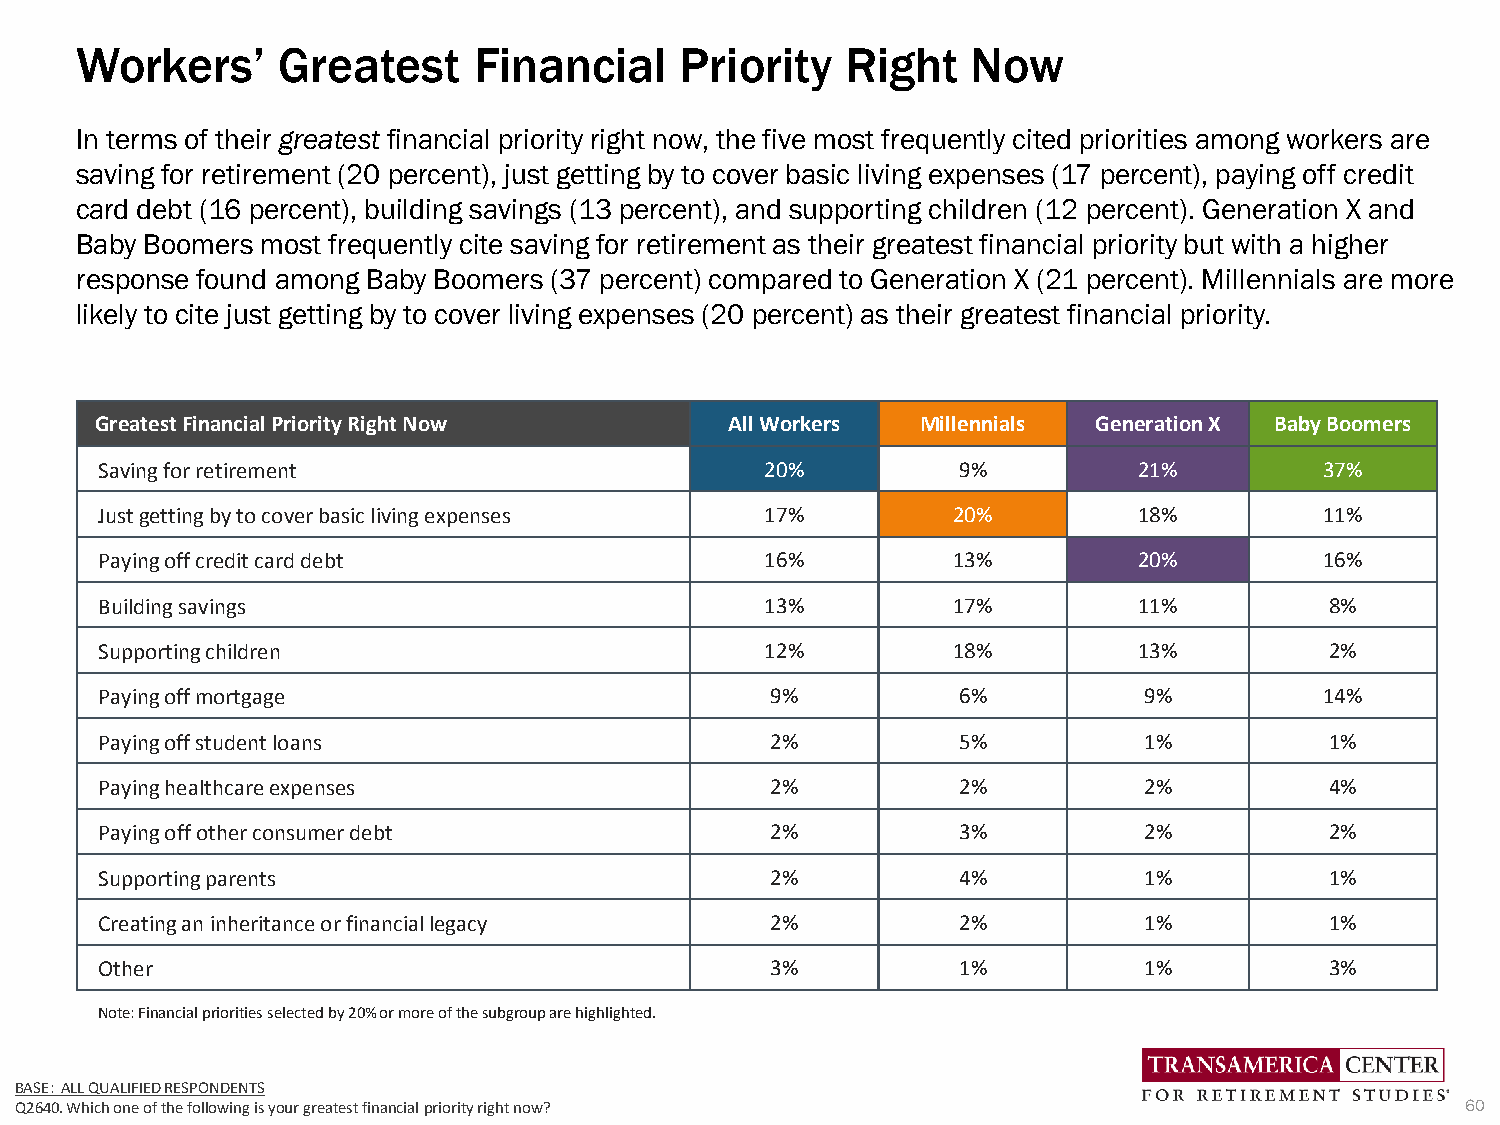
Workers’     Greatest     Financial     Priority   Right   Now
 In terms of their greatest financial priority right now, the five most frequently cited priorities among workers are
 saving for retirement (20 percent), just getting by to cover basic living expenses (17 percent), paying off credit
 card debt (16 percent), building savings (13 percent), and supporting children (12 percent). Generation X and
 Baby Boomers most frequently cite saving for retirement as their greatest financial priority but with a higher
 response found among Baby Boomers (37 percent) compared to Generation X (21 percent). Millennials are more
 likely to cite just getting by to cover living expenses (20 percent) as their greatest financial priority.
 GreatestFinancial Priority Right Now      All Workers  Millennials Generation X Baby Boomers
 Savingfor retirement                        20%         9%          21%          37%
 Justgetting by to cover basic living expenses 17%       20%         18%          11%
 Payingoff credit card debt                  16%         13%         20%          16%
 Buildingsavings                             13%         17%         11%          8%
 Supportingchildren                          12%         18%         13%          2%
 Payingoff mortgage                          9%          6%           9%          14%
 Payingoff student loans                     2%          5%           1%          1%
 Payinghealthcare expenses                   2%          2%           2%          4%
 Payingoff other consumer debt               2%          3%           2%          2%
 Supportingparents                           2%          4%           1%          1%
 Creatingan inheritance or financial legacy  2%          2%           1%          1%
 Other                                       3%          1%           1%          3%
 Note: Financial priorities selected by 20% or more of the subgroup are highlighted.
 BASE: ALL QUALIFIED RESPONDENTS
 Q2640. Which one of the following is your greatest financial priority right now?                60